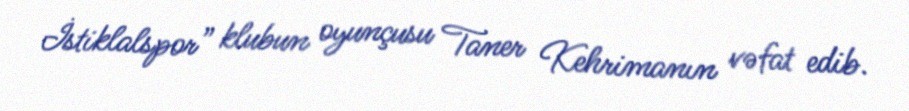
İstiklalspor” klubun oyunçusu Taner Kehrimanın vəfat edib.